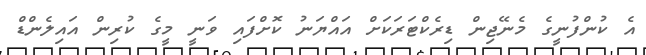
އެ ކުންފުނީގެ މެނޭޖިން ޑިރެކްޓަރަކަށް އައްޔަނު ކޮށްފައި ވަނީ މީގެ ކުރިން އައިލެންޑް